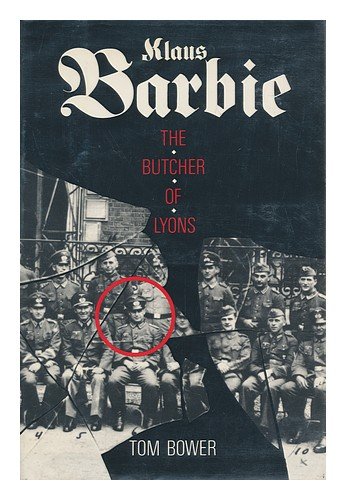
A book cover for Klaus Barbie, the Butcher of Lyons; Tom Bower; Biographies & Memoirs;